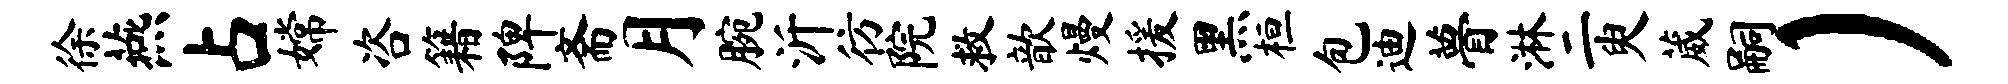
徐燕占嫦咨籍陴斋月腕沂彷院救歆熳援黑桓包迪瞢淋二臾葳嗣）